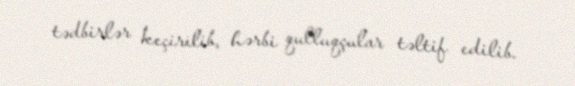
tədbirlər keçirilib, hərbi qulluqçular təltif edilib.